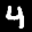
Label: 4